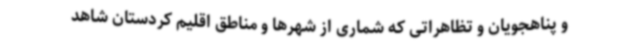
و پناهجویان و تظاهراتی که شماری از شهرها و مناطق اقلیم کردستان شاهد